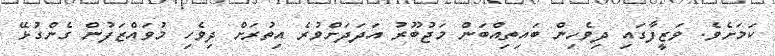
ކަމަށެވެ. ވަޒީފާގައި ދިވެހިން ބައިތިއްބަން މަޖުބޫރު އަދަދަށްވުރެ އިތުރަށް ދިވެހި މުވައްޒަފުން ގެންގުޅޭ